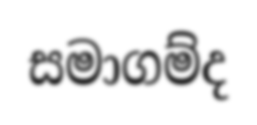
සමාගම්ද